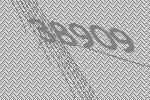
38909